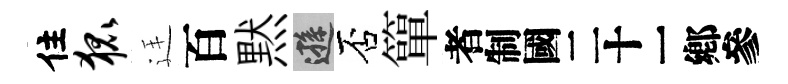
住狐廷百黙遜否簞识